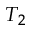
T _ { 2 }